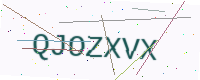
Text: QJOZXVX